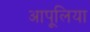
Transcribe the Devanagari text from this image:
आपूलिया